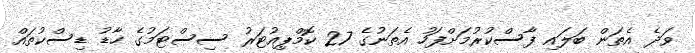
ވަދެ އެތަން ބަލައި ފާސްކުރުމަށްފަހު އެތަނުގެ 27 ކޮމްޕިއުޓަރު ސިސްޓަމުގެ ހާޑު ޑިސްކުތައް